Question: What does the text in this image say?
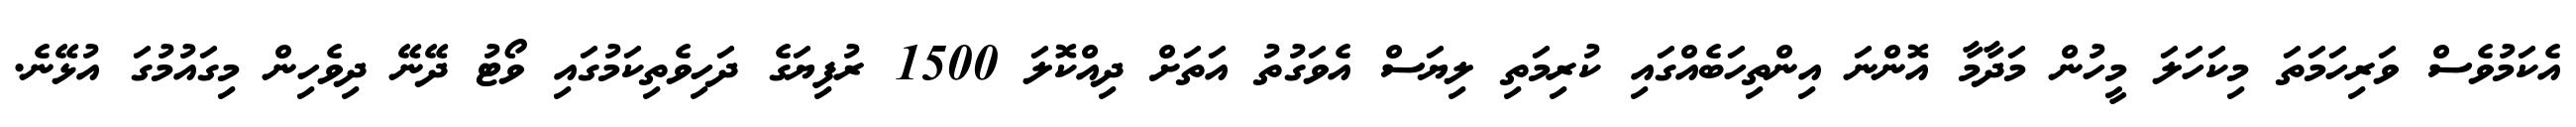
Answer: އެކަމުވެސް ވަރިހަމަތަ މިކަހަލަ މީހުން މަދާމާ އޮންނަ އިންތިހަބެއްގައި ކުރިމަތި ލިޔަސް އެވަގުތު އަތަށް ދިއްކޮލަ 1500 ރުފިޔަގެ ދަހިވެތިކަމުގައި ވޯޓު ދޭނޭ ދިވެހިން މިގައުމުގަ އުޅޭނެ.